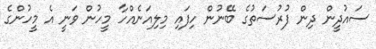
ސައުދީން ދިން ފުރުސަތުގެ ބޭނުން ހިފައި މިލިއަނެއްހާ މީހުން ވަނީ އެ މީހުންގެ